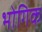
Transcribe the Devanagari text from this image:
भोगिक